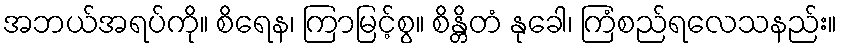
အဘယ်အရပ်ကို။ စိရေန၊ ကြာမြင့်စွ။ စိန္တိတံ နုခေါ၊ ကြံစည်ရလေသနည်း။